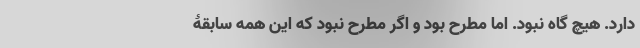
دارد. هیچ گاه نبود. اما مطرح بود و اگر مطرح نبود که این همه سابقۀ